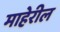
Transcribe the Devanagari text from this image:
माहेरील